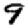
Digit: 9